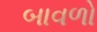
બાવળો